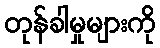
တုန်ခါမှုများကို